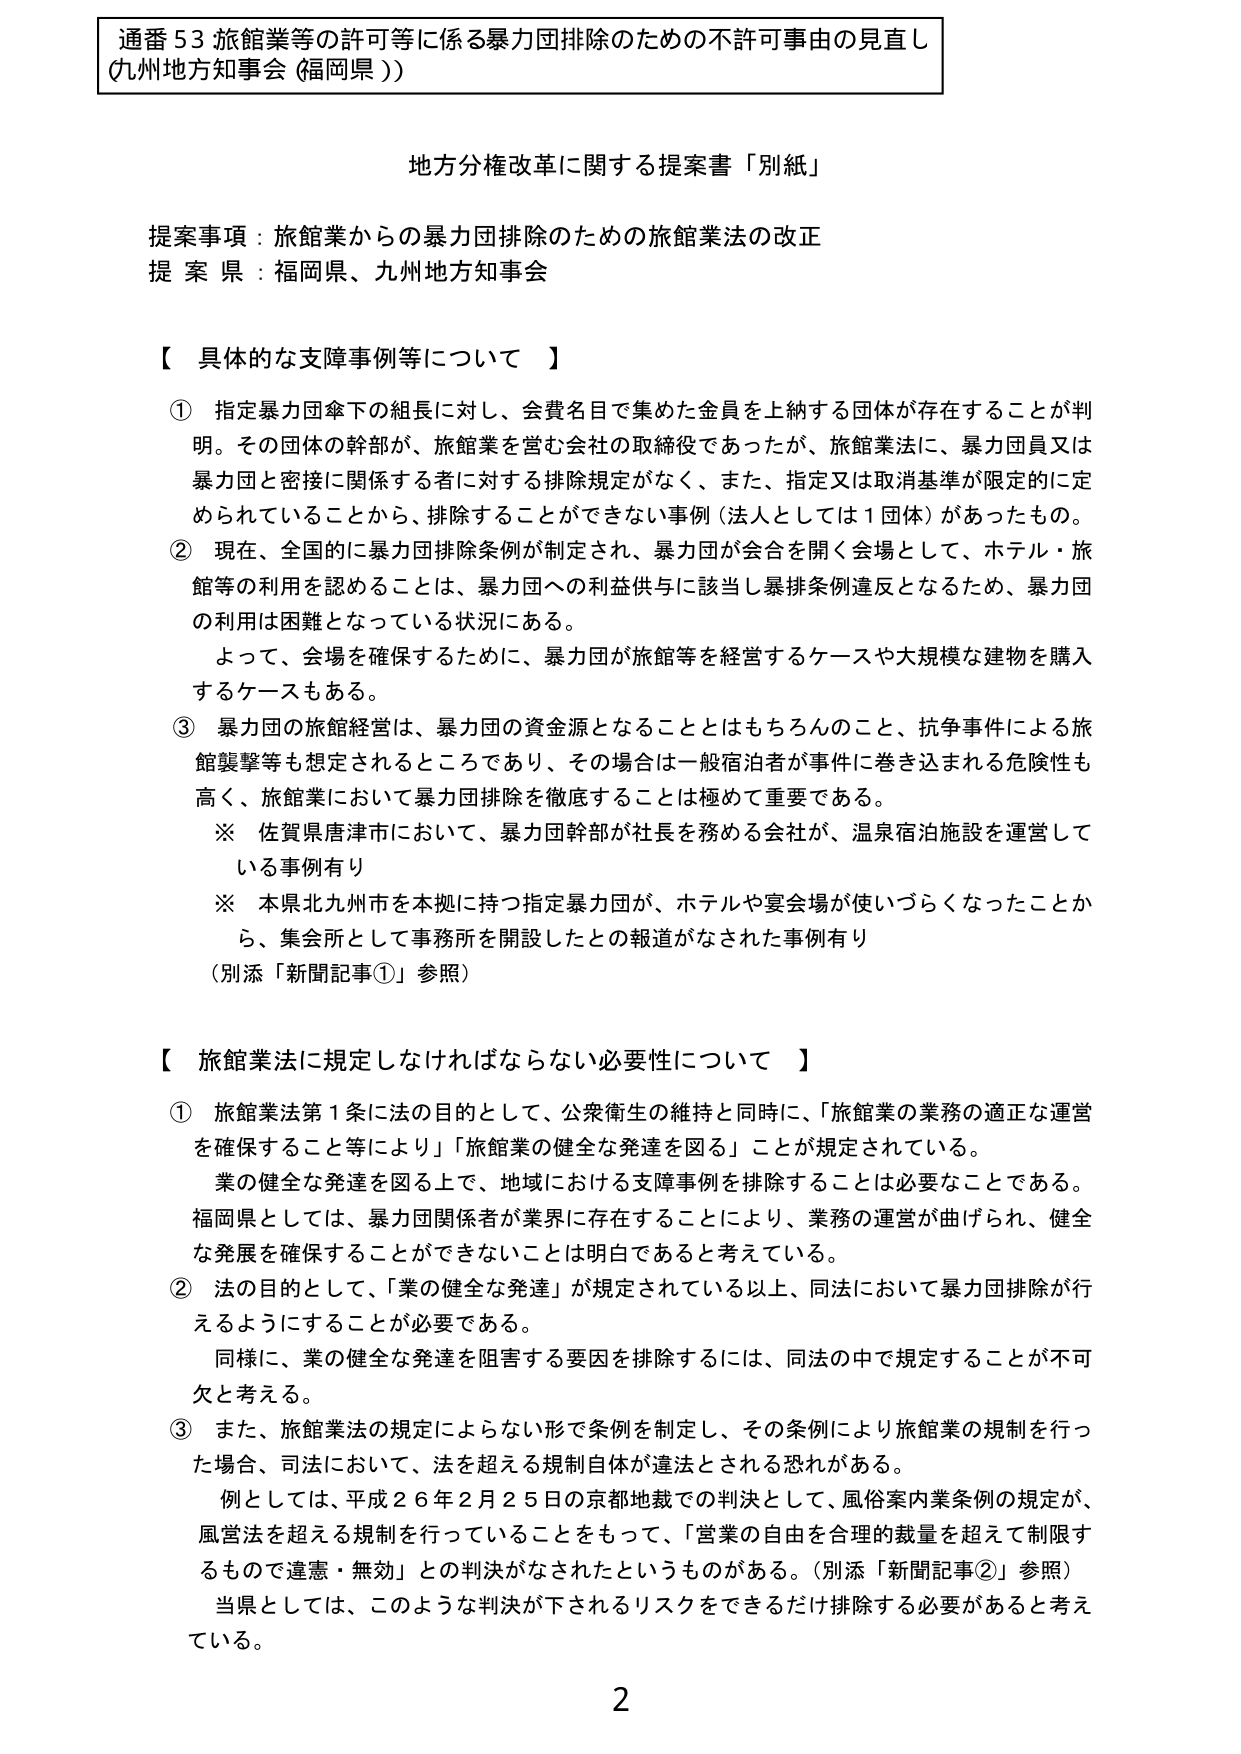
通番５３ 旅館業等の許可等に係る暴力団排除のための不許可事由の見直し
（九州地方知事会（福岡県））

地方分権改革に関する提案書「別紙」

提案事項：旅館業からの暴力団排除のための旅館業法の改正
提 案 県：福岡県、九州地方知事会

【 具体的な支障事例等について 】

① 指定暴力団傘下の組長に対し、会費名目で集めた金員を上納する団体が存在することが判明。その団体の幹部が、旅館業を営む会社の取締役であったが、旅館業法に、暴力団員又は暴力団と密接に関係する者に対する排除規定がなく、また、指定又は取消基準が限定的に定められていることから、排除することができない事例（法人としては１団体）があったもの。

② 現在、全国的に暴力団排除条例が制定され、暴力団が会合を開く会場として、ホテル・旅館等の利用を認めることは、暴力団への利益供与に該当し暴排条例違反となるため、暴力団の利用は困難となっている状況にある。

　よって、会場を確保するために、暴力団が旅館等を経営するケースや大規模な建物を購入するケースもある。

③ 暴力団の旅館経営は、暴力団の資金源となることはもちろんのこと、抗争事件による旅館襲撃等も想定されるところであり、その場合は一般宿泊者が事件に巻き込まれる危険性も高く、旅館業において暴力団排除を徹底することは極めて重要である。

　※ 佐賀県唐津市において、暴力団幹部が社長を務める会社が、温泉宿泊施設を運営している事例有り

　※ 本県北九州市を本拠に持つ指定暴力団が、ホテルや宴会場が使いづらくなったことから、集会所として事務所を開設したとの報道がなされた事例有り

（別添「新聞記事①」参照）

【 旅館業法に規定しなければならない必要性について 】

① 旅館業法第１条に法の目的として、公衆衛生の維持と同時に、「旅館業の業務の適正な運営を確保すること等により」「旅館業の健全な発達を図る」ことが規定されている。

　業の健全な発達を図る上で、地域における支障事例を排除することは必要なことである。福岡県としては、暴力団関係者が業界に存在することにより、業務の運営が曲げられ、健全な発展を確保することができないことは明白であると考えている。

② 法の目的として、「業の健全な発達」が規定されている以上、同法において暴力団排除が行えるようにすることが必要である。

　同様に、業の健全な発達を阻害する要因を排除するには、同法の中で規定することが不可欠と考える。

③ また、旅館業法の規定によらない形で条例を制定し、その条例により旅館業の規制を行った場合、司法において、法を超える規制自体が違法とされる恐れがある。

　例としては、平成２６年２月２５日の京都地裁での判決として、風俗案内業条例の規定が、風営法を超える規制を行っていることをもって、「営業の自由を合理的裁量を超えて制限するもので違憲・無効」との判決がなされたというものがある。（別添「新聞記事②」参照）

　当県としては、このような判決が下されるリスクをできるだけ排除する必要があると考えている。

2